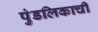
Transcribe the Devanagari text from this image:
पुंडलिकाची